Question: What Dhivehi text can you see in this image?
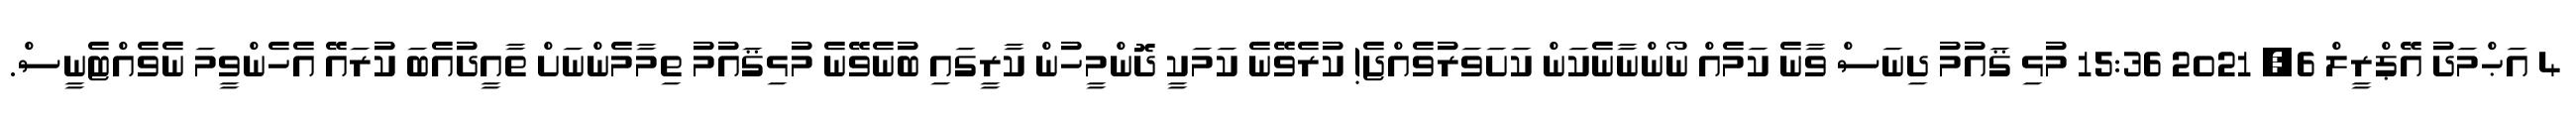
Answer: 4 އަޙްމަދު އޭޕްރީލް 6, 2021 15:36 މުޅި ޤައުމު ދިނަސް ވާނެ ކަމެއް ނޯންނާނެކަން ކަށަވަރުވެއްޖެ! ކުރެވޭނެ ކަމަކީ ދޮންމީހުން ކާރީގައި ބުނެވޭނެ މުޅިޤައުމު ތިމާމެންނަށް ތާއީދުއެބަ ކުރައޭ އެހެންވީމަ ނެވެއްޓެނީސް.